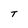
Character: T